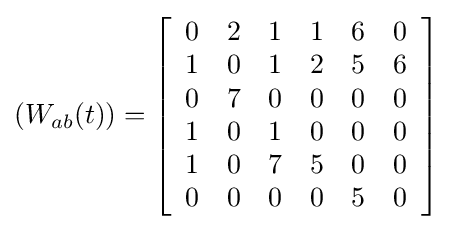
(W_{ab}(t))=\left[{\begin{array}{cccccc}0&2&1&1&6&0\\1&0&1&2&5&6\\0&7&0&0&0&0\\1&0&1&0&0&0\\1&0&7&5&0&0\\0&0&0&0&5&0\end{array}}\right]